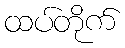
ထပ်တိုက်